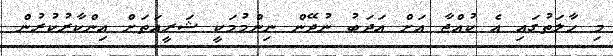
މި ހާލަތުގައި އެ ކުއްޖާ އަށް އަދަބު ނުދޭން ނިންމުމަކީ ޝަރީއަތަށް އިންކާރުކުރުން